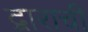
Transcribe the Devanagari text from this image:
द्वाराची